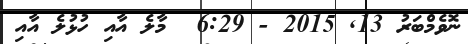
ނޮވެމްބަރު 13